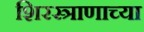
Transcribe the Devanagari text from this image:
शिरस्त्राणाच्या